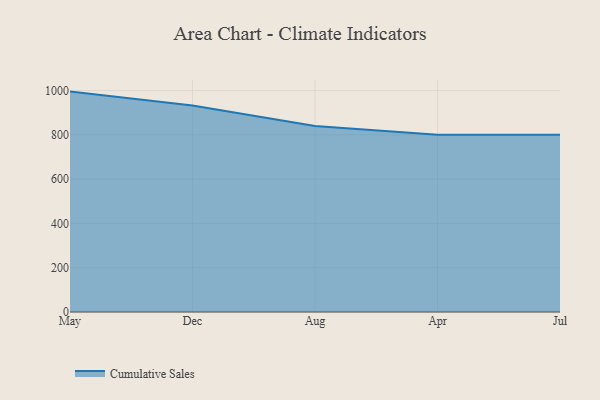
{"axis": {"x": "Month", "y": "Population (Million)"}, "legend": ["Cumulative Sales"], "data": [{"x": "May", "y": 995.1, "type": "Cumulative Sales"}, {"x": "Dec", "y": 932.1, "type": "Cumulative Sales"}, {"x": "Aug", "y": 839.4, "type": "Cumulative Sales"}, {"x": "Apr", "y": 800.3, "type": "Cumulative Sales"}, {"x": "Jul", "y": 800, "type": "Cumulative Sales"}]}